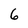
Character: 6